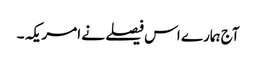
آج ہمارے اس فیصلے نے امریکہ ۔